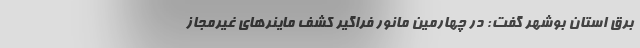
برق استان بوشهر گفت: در چهارمین مانور فراگیر کشف ماینرهای غیرمجاز